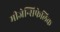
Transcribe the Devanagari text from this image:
मीजेन्सिफेलिक